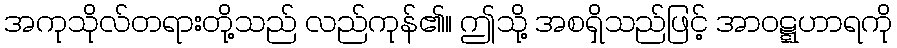
အကုသိုလ်တရားတို့သည် လည်ကုန်၏။ ဤသို့ အစရှိသည်ဖြင့် အာဝဋ္ဋဟာရကို